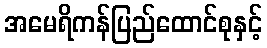
အမေရိကန်ပြည်ထောင်စုနှင့်